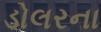
ડોલરના